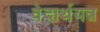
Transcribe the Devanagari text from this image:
वेदार्थयत्न